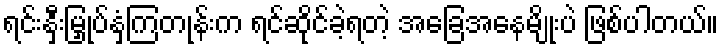
ရင်းနှီးမြှုပ်နှံကြတုန်းက ရင်ဆိုင်ခဲ့ရတဲ့ အခြေအနေမျိုးပဲ ဖြစ်ပါတယ်။